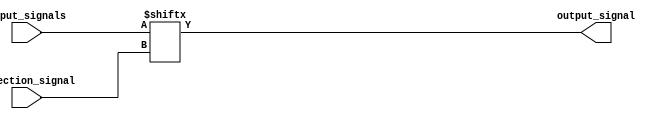
module mux_128to1 (
    input [127:0] input_signals,
    input [6:0] selection_signal,
    output output_signal
);

assign output_signal = input_signals[selection_signal];

endmodule